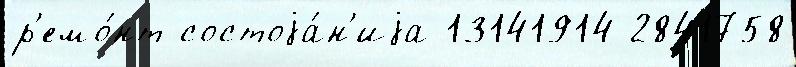
р'емо́нт состоjа́н'иjа 13141914 2841758